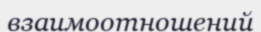
взаимоотношений